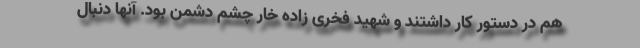
هم در دستور کار داشتند و شهید فخری زاده خار چشم دشمن بود. آنها دنبال